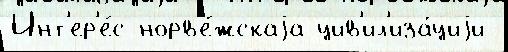
Инт'ер'е́с норв'е́жскаjа цив'ил'иза́циjи